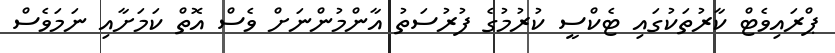
ޕްރައިވެޓް ކާރުތަކުގައި ޓެކްސީ ކުރުމުގެ ފުރުސަތު އާންމުންނަށް ވެސް އޮތް ކަމަށާއި ނަމަވެސް